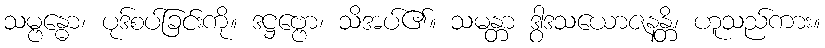
သမ္ဗန္ဓော၊ ပုဒ်စပ်ခြင်းကို။ ဒဋ္ဌဗ္ဗော၊ သိအပ်၏။ သမန္တာ ဒွါဒသယောဇနန္တိ၊ ဟူသည်ကား။